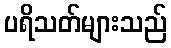
ပရိသတ်များသည်